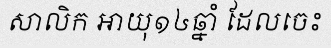
សាលិក អាយុ១៤ឆ្នាំ ដែលចេះ